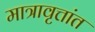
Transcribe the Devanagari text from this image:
मात्रावृत्तांत